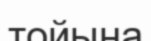
тойына